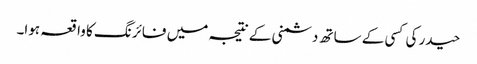
حیدر کی کسی کے ساتھ دشمنی کے نتیجہ میں فائرنگ کا واقعہ ہوا۔